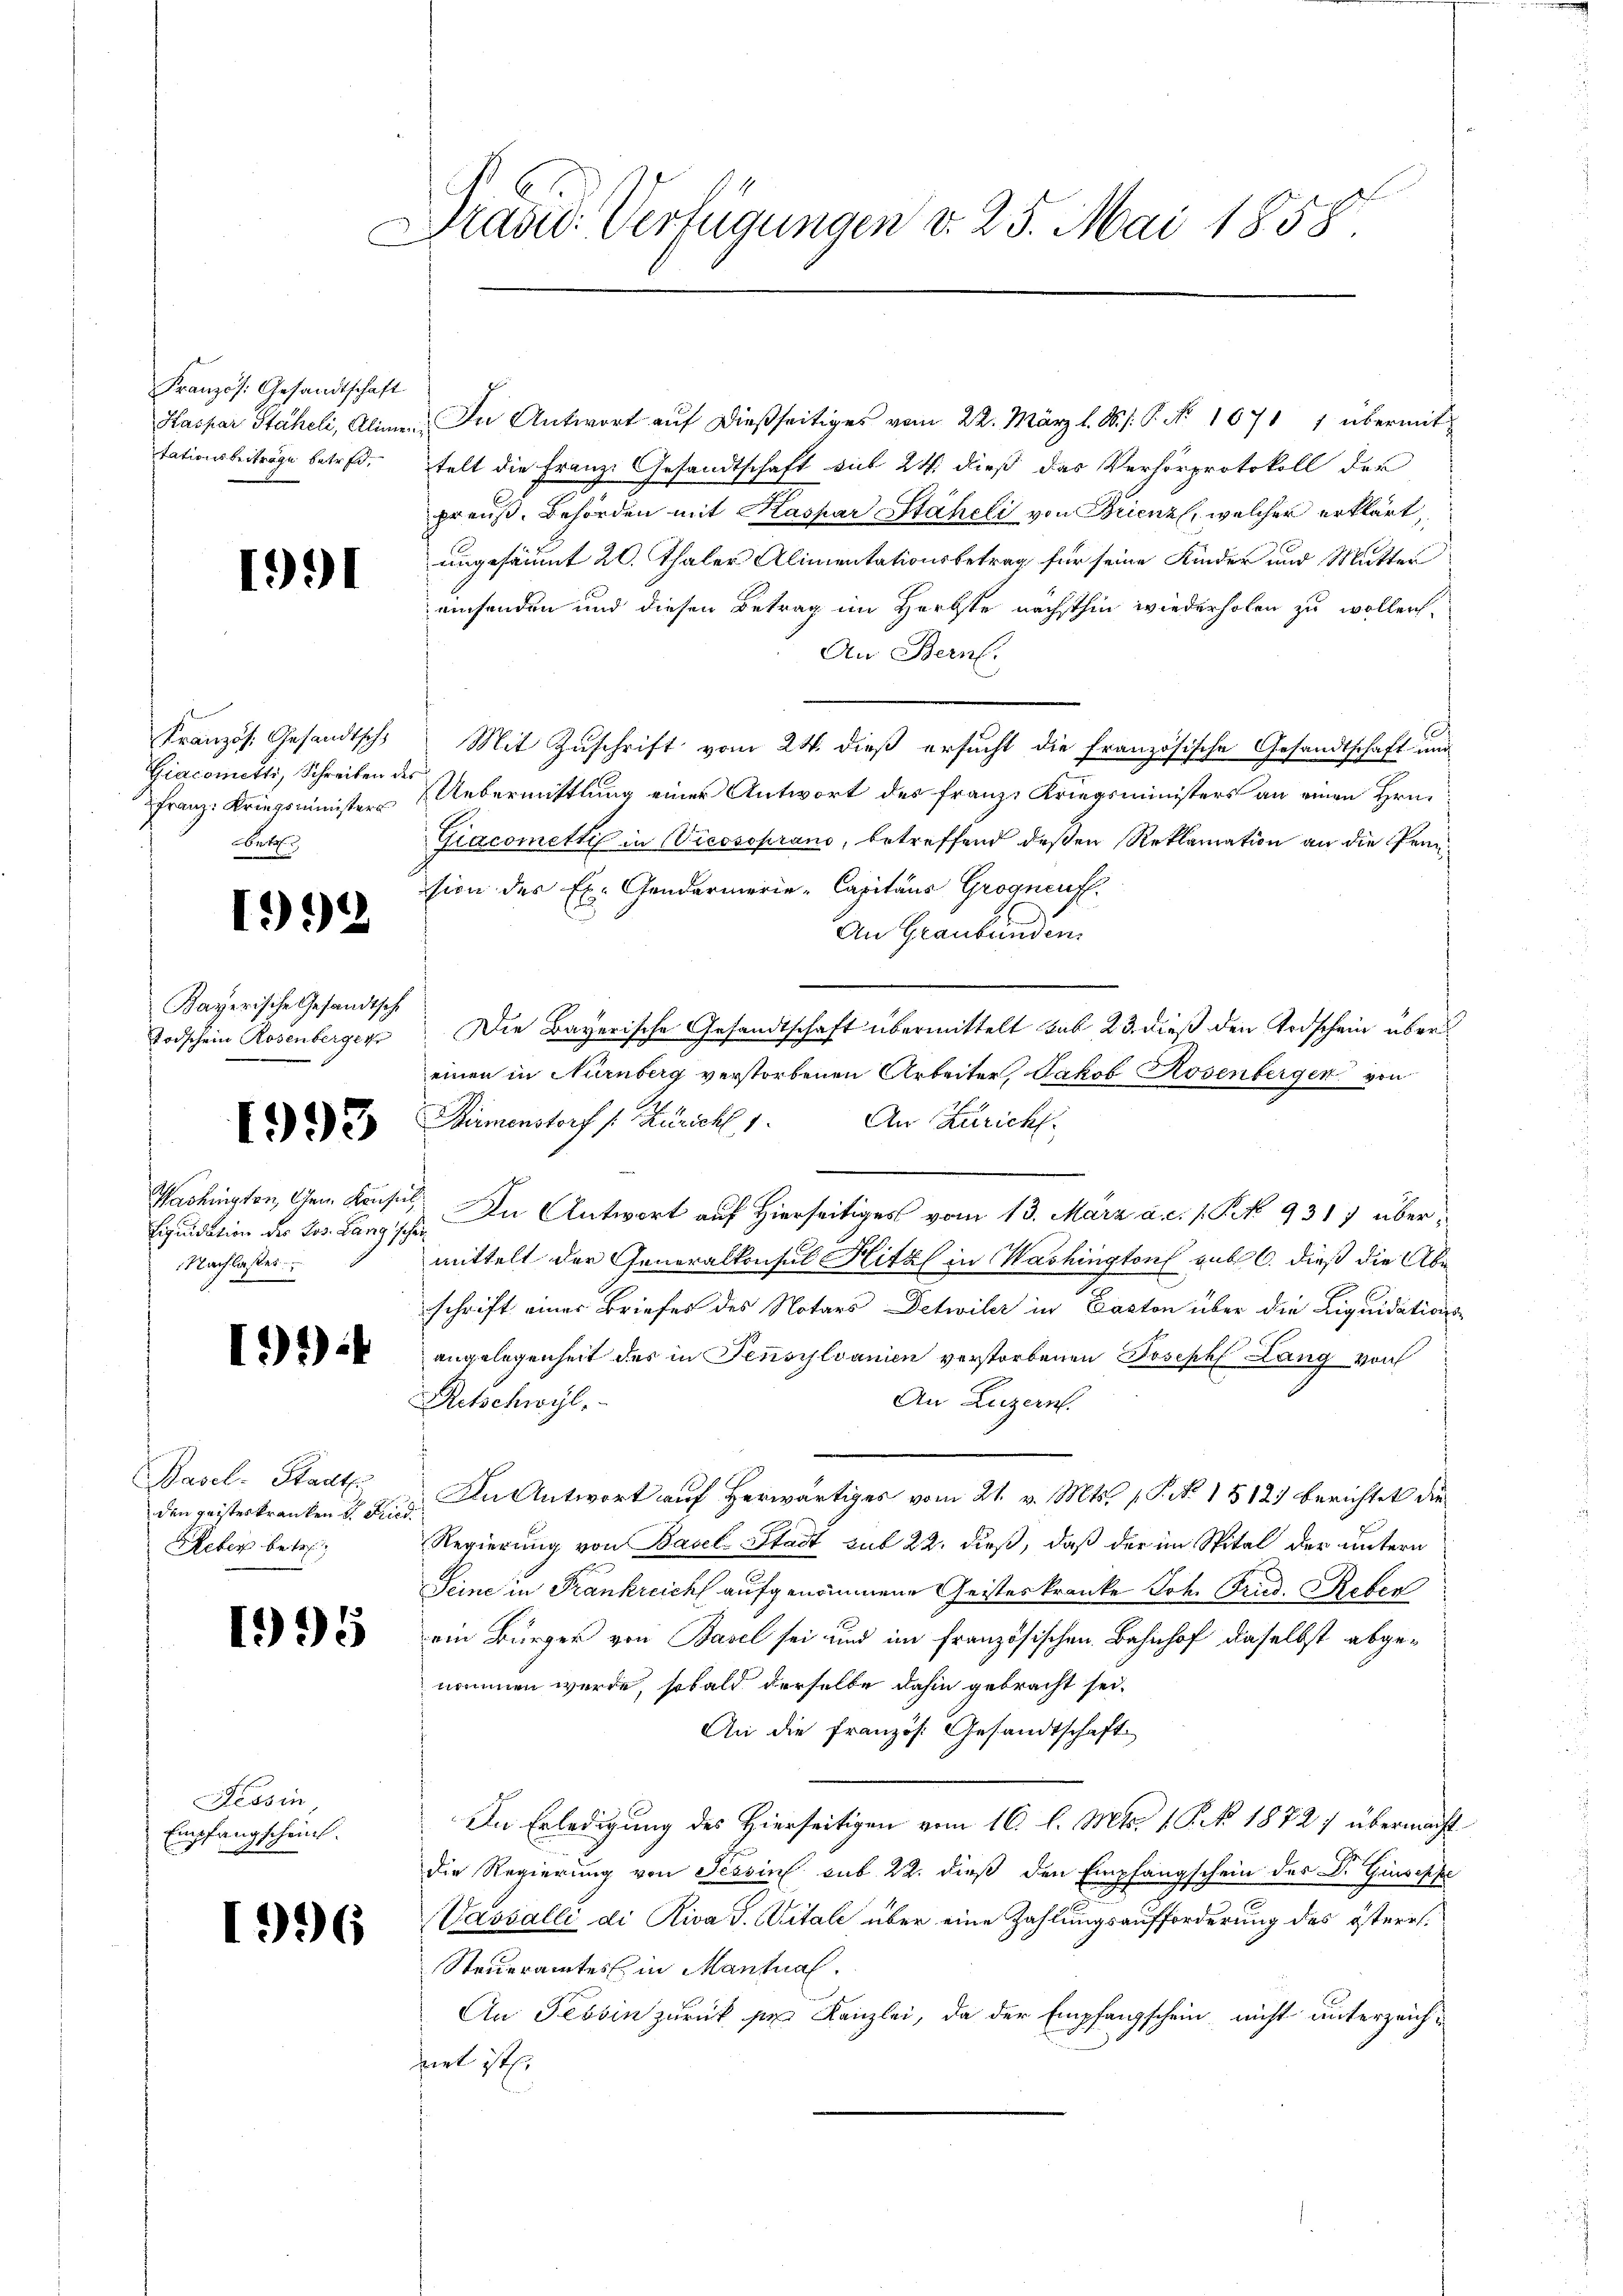
Französ. Gesandtschaft
Kaspar Stäheli, Alimen
tationsbeiträge betref¬

1991

Kranzös. Gesandtsch
Giacometti, Schreiben des
Franz: Kriegsministers
rt

1992

Kayerische Gesandtsch
Todschein Rosenberger

1993

Washington, Gem. Konsul
Liquidation des Jos. Lang s
Nachlasses.

)*)

Basel-Stadt
den geisteskranken u. Fried
Peter betre

195

Tessin,
Empfangscheint.

26

Präsid. Verfügungen d. 25. Mai 1858

t

In Antwort aŭf dießseitiges vom 22. März l. M. s. S. Nr. 1671 1 übermit
telt die Franz Gesandtschaft mit 24. dieß das Verhörprotokoll der
preuß. Behörden mit Kaspar Stäheli von Brienz, welcher erklärt,
ungesäumt 20. Thaler Alimentationsbetrag für seine Kinder und Mutter
einsenden und diesen Betrag im Herbste nächsthin wiederholen zu wollen,
An Bern.
Mit Zuschrift vom 24. dieß ersucht die Französische Gesandtschaft und
Uebermittlung einer Antwort des Franz Kriegsministers an einen Hrn.
Giacometti in Vicosoprand, betreffend deßen Reklamation an die Pennsion des Ex. Gendarmerie-Capitaus Grognenf.
An Graubünden
Die Bayerische Gesandtschaft übermittelt sub 23 dieß den Erdschein über
einen in Nürnberg verstorbenen Arbeiter, Jakob Rosenbergen von
Birmenstorf /: Züricht 1. An Züricht.
In Antwort auf Hierseitiges vom 13. März a. c. 1 Pk 931) über-
mittelt der Generalkonsul Hitzl in Washington sub 6. dieß die Abe
schrift einer Briefes des Notars Detwiler in Paston über die Liquidationsangelegenheit des in Jensylvanien verstorbenen Joseph Lang von
An Luzern.
Retschwyl,
In Antwort auf herwärtiges vom 21. v. Mts. 1. P. Nr. 1512 berichtet die
Regierung von Basel-Stadt sub 22. dieß, daß der im Spital der untern
Seine in Frankreich aufgenommene Geisteskranke Joh. Fried. Reben
ein Bürger von Basel sei und im französischen Bahnhof daselbst abgenommen werde, sobald derselbe dahin gebracht sei.
An die Französ. Gesandtschaft.
In Erledigung des Hierseitigen vom 16. l. Mts. 1. Fr. 1872) übermacht
die Regierung von Tessin sub 22. dieß den Empfangschein des Dr. Giuseppe
Vassalli di Riva S. Vitale über eine Zahlungsaufforderung des österr.
Steueramtes in Mantual
An Tessin zurück sei Kanzlei, da der Empfangschein nicht unterzeichfiel ist.